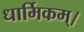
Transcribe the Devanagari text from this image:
धार्मिकम्‌।